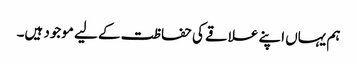
ہم یہاں اپنے علاقے کی حفاظت کے لیے موجود ہیں۔